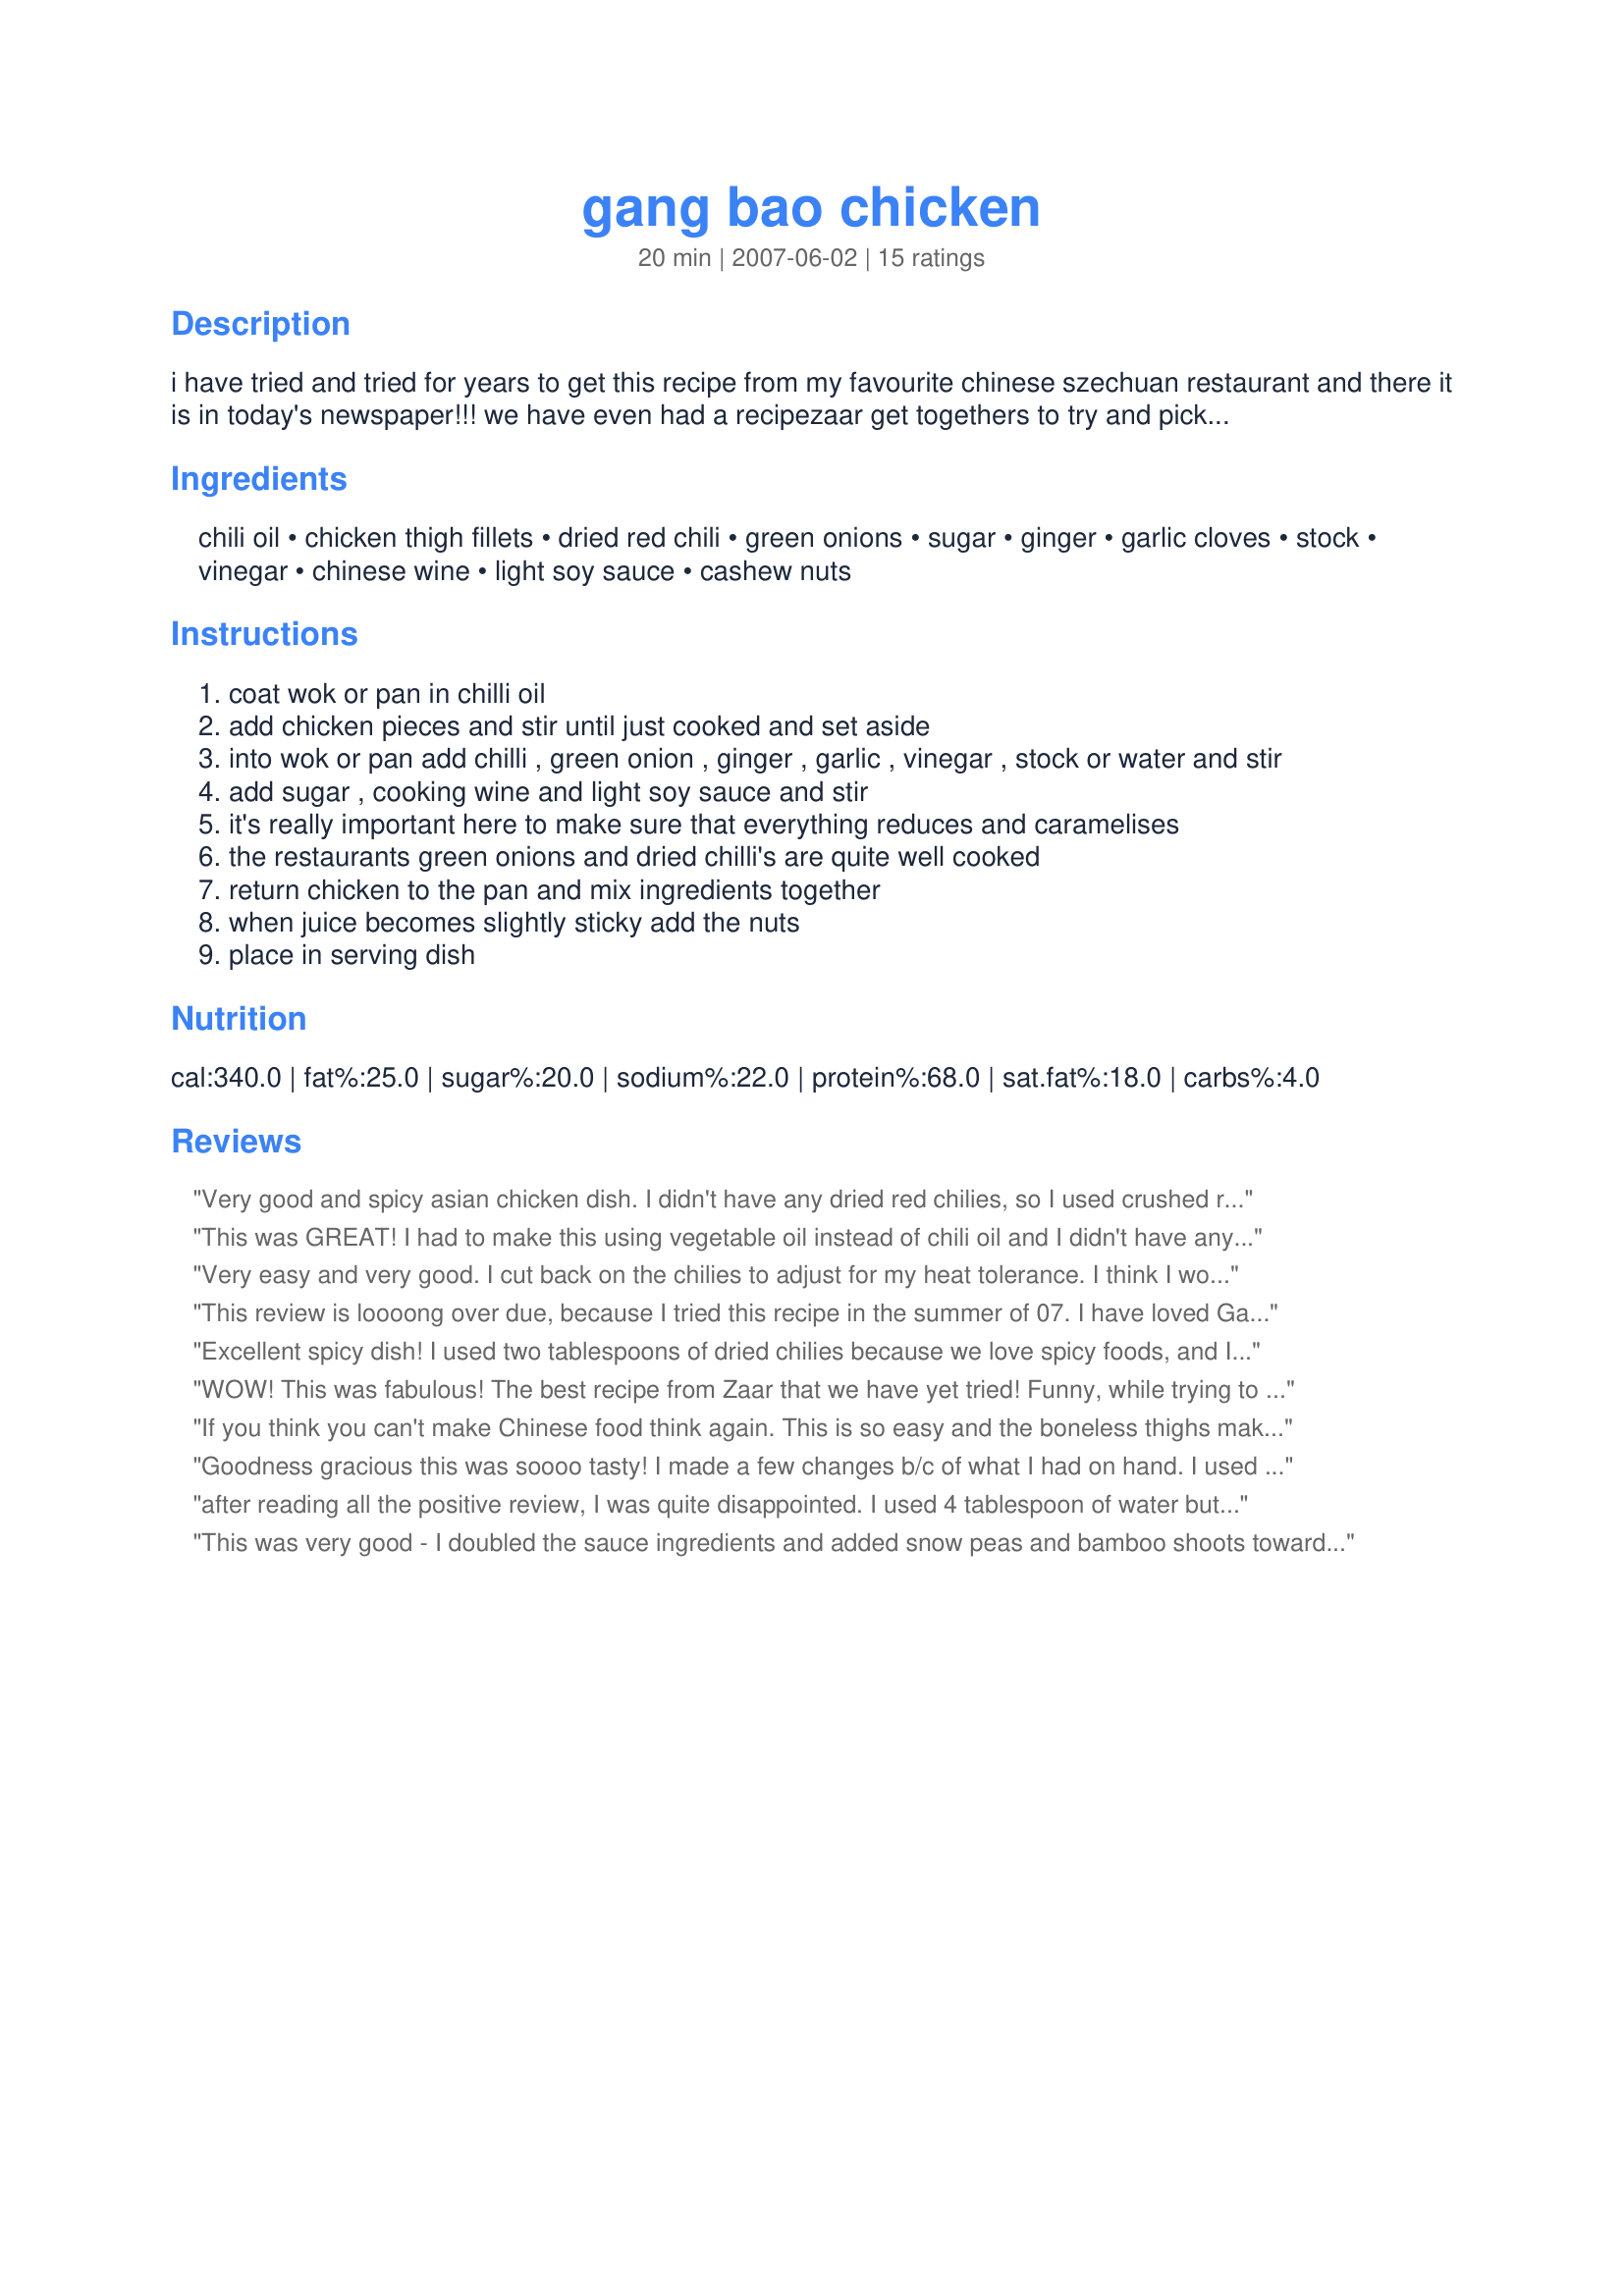
gang bao chicken
Preparation time: 20 minutes

i have tried and tried for years to get this recipe from my favourite chinese szechuan restaurant and there it is in today's newspaper!!! we have even had a recipezaar get togethers to try and pick the ingredients!
from double eight chinese restaurant in broadbeach. thanks to joan and john mei.
can also be called kung pao chicken or gong bao chicken but i have gone with the original restaurant name.

Ingredients:
chili oil, chicken thigh fillets, dried red chili, green onions, sugar, ginger, garlic cloves, stock, vinegar, chinese wine, light soy sauce, cashew nuts

Steps:
coat wok or pan in chilli oil
add chicken pieces and stir until just cooked and set aside
into wok or pan add chilli , green onion , ginger , garlic , vinegar , stock or water and stir
add sugar , cooking wine and light soy sauce and stir
it's really important here to make sure that everything reduces and caramelises
the restaurants green onions and dried chilli's are quite well cooked
return chicken to the pan and mix ingredients together
when juice becomes slightly sticky add the nuts
place in serving dish

Reviews:
Very good and spicy asian chicken dish. I didn't have any dried red chilies, so I used crushed red pepper flakes. I think I went a little overboard with the chili oil and the red pepper flakes. It was very spicy, but very good. Fortunately, I like spicy food. I also like the fact that this dish is very easy to prepare. Thanks for another great recipe Jewelies.
This was GREAT! I had to make this using vegetable oil instead of chili oil and I didn't have any Chinese wine, so just left it out. Like Potscrubber, I used about 1 cup of chicken broth, let it cook down and added a bit of cornstarch slurry to thicken in the end. Topped with peanuts. DH and I mmming and ahhing all during dinner. THANK YOU for posting this. I hope to try it next time using the chili oil & Chinese wine, but I can't imagine it being any better!
Very easy and very good. I cut back on the chilies to adjust for my heat tolerance. I think I would increase the sauce, maybe double the sauce ingredients(it might need a tad of cornstarch to thicken.)
This review is loooong over due, because I tried this recipe in the summer of 07. I have loved Gang Pao for years. The first time I tried this chinese dish was 25 years ago. At that time most American/chinese restauraunts batter or breaded and fried chicken in a lot of their dishes with the exception of chicken chow mein. They have slowly been gravitating away from this trend toward what many consider a more "healthful" way of cooking. The balance of flavor and heat in this dish was perfect! even my 14 year old who normally is not a fan of this dish liked it so well that he ate a double portion. My compliments to Mr. and Mrs. Mei for an excellent recipe. And thank you Jewelies for sharing another winner with us here at recipezaar.
Excellent spicy dish! I used two tablespoons of dried chilies because we love spicy foods, and I also subbed diced pork for the chicken. Came out great! Thanks Jewelies!
WOW! This was fabulous! The best recipe from Zaar that we have yet tried! Funny, while trying to decide what to rate, it sounded like an auction, with each person voting even higher! To be sold, this would well go above five stars. 10? 20? Absolutely celestial!!! And the best home cooked Chinese we have had in years. Thank you.
If you think you can't make Chinese food think again. This is so easy and the boneless thighs make this very succulent. I used dried pasilla negro chiles so it had not too much heat but enough to warm my mouth. Great easy recipe Jewelies!
Goodness gracious this was soooo tasty! I made a few changes b/c of what I had on hand. I used red pepper flakes, and also a lot more ginger than called for b/c we really like ginger. I more than doubled the sauce ingredients so I just mixed a bit of cornstarch in with the broth before adding it. I also used rice vinegar and didn't have any chinese wine. Unfortunately we did not have any nuts but I'm sure it would have been AMAZING with the nuts in there. I also added some chopped red onion and celery pieces at the very end - leaving them semi crunchy and they really added a lot to the dish. The thigh meat was so tasty and just like chinese takeout. I served it over white rice and drizzled a lot of the sauce on the rice. Can't wait to eat leftovers tomorrow, thanks for an easy recipe!
after reading all the positive review, I was quite disappointed. I used 4 tablespoon of water but it took forever to reduce the sauce. I don't think I will use this recipe again.
This was very good - I doubled the sauce ingredients and added snow peas and bamboo shoots towards the end for some veg. Nice and easy too - I'll definitely make again.
Yummy! Very quick and easy recipe. Hubby and I really enjoyed this dish I knew it would be very spicy for Little Miss (DD), so I left the recipe as written didn't change a thing. Little Miss enjoyed the side dish we serve with the recipe (steamed rice). Thank you so much for a great recipe Jewelies, please thank the Mei's as well.
This is the best Kung Pao I've had in years. I like my dishes saucy so I tripled the sauce ingredients using 18 TBS (approx 1 cup) of chicken stock which I thickened in the end with cornstarch. For the chilies I used 1 tsp of dried pepper flakes (like the pizza topping kind) and it was spicy but not tongue numbing. SO other said this was the best Asian dinner I have ever made! If you want a real treat use 1 lb of shrimp instead of chicken. I can't tell you enough how thrilled I am with this recipe. Thanks, Jewelies.
Whilst this was quick, easy and tasty, there wasn't enough sauce for us. I had the original at the restaurant last week with Jewelies and family and can't figure out how they came up with the amount of sauce they did if they used this recipe. I used the maximum amount of stock, but all the sauce was gone by reducing it to "sticky". I think this dish would shine as part of a banquet where other saucier dishes were served.
Made for Aus/NZ Make My Recipe Edition 5 Tag. We didn't really care for this. It was pretty spicy (we normally like spicy) and there really wasn't much sauce (we like a lot of sauce). This doesn't mean the recipe was bad, it just didn't suit our tastes.
Absolutely outstanding. I inhaled it, then went back for 2nds and didn't even realize that i forgot a pic. I could give a pic of a plate with a few loose saucy peanuts and rice but it wouldnt show the food well lol.
